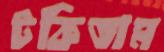
টকিতাম